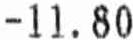
-11.80